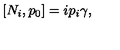
[ N _ { i } , p _ { 0 } ] = i p _ { i } \gamma ,